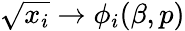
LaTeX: \sqrt{x_{i}}\to\phi_{i}(\beta,p)